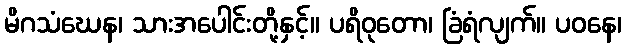
မိဂသံဃေန၊ သားအပေါင်းတို့နှင့်။ ပရိဝုတော၊ ခြံရံလျက်။ ပဝနေ၊